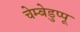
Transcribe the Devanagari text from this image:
चेम्बेडुप्पू